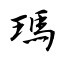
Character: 瑪